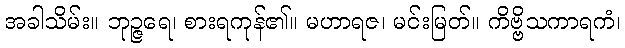
အခါသိမ်း။ ဘုဉ္ဇရေ၊ စားရကုန်၏။ မဟာရဇ၊ မင်းမြတ်။ ကိဗ္ဗိသကာရကံ၊